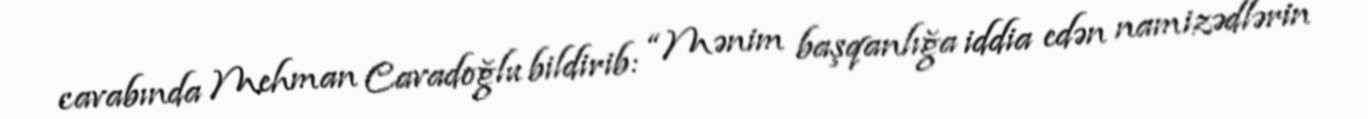
cavabında Mehman Cavadoğlu bildirib: “Mənim başqanlığa iddia edən namizədlərin